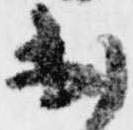
出